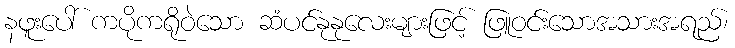
နဖူးပေါ် ကပိုကရိုဝဲသော ဆံပင်နုနုလေးများဖြင့် ဖြူဝင်းသောအသားအရည်၊